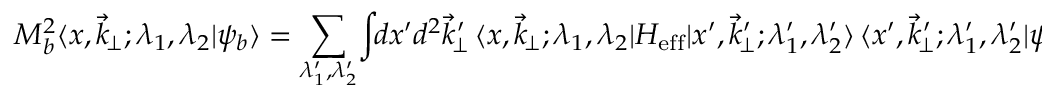
M _ { b } ^ { 2 } \langle x , \vec { k } _ { \! \perp } ; \lambda _ { 1 } , \lambda _ { 2 } \vert \psi _ { b } \rangle = \sum _ { \lambda _ { 1 } ^ { \prime } , \lambda _ { 2 } ^ { \prime } } \! \int \! \! d x ^ { \prime } d ^ { 2 } \vec { k } _ { \! \perp } ^ { \prime } \, \langle x , \vec { k } _ { \! \perp } ; \lambda _ { 1 } , \lambda _ { 2 } \vert H _ { \mathrm { e f f } } \vert x ^ { \prime } , \vec { k } _ { \! \perp } ^ { \prime } ; \lambda _ { 1 } ^ { \prime } , \lambda _ { 2 } ^ { \prime } \rangle \, \langle x ^ { \prime } , \vec { k } _ { \! \perp } ^ { \prime } ; \lambda _ { 1 } ^ { \prime } , \lambda _ { 2 } ^ { \prime } \vert \psi _ { b } \rangle .